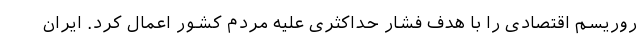
روریسم اقتصادی را با هدف فشار حداکثری علیه مردم کشور اعمال کرد. ایران